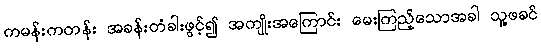
ကမန်းကတန်း အခန်းတံခါးဖွင့်၍ အကျိုးအကြောင်း မေးကြည့်သောအခါ သူ့ဖခင်